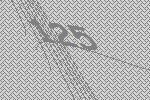
125